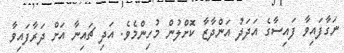
ނަގާފައިވާ ފައިސާގެ އަދަދު އަންދާޒާ ކޮށްލުން މުހިންމެވެ. އަދި ޗައިނާ އަށް ދަރާފައިވާ